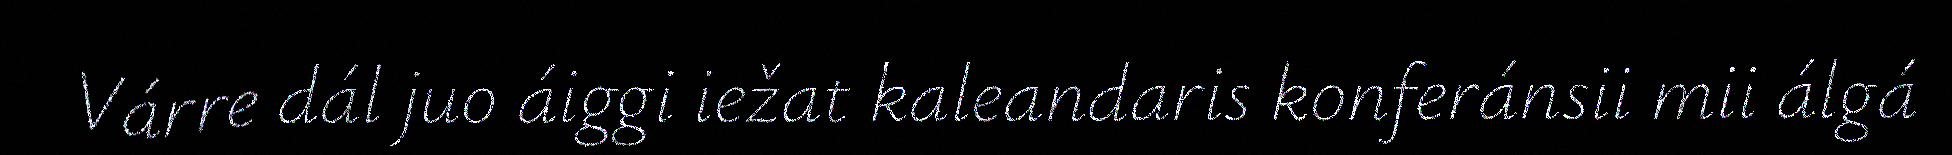
Várre dál juo áiggi iežat kaleandaris konferánsii mii álgá